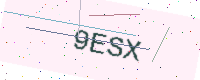
Text: 9ESX